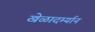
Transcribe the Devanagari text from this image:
खेळादर्म्यान